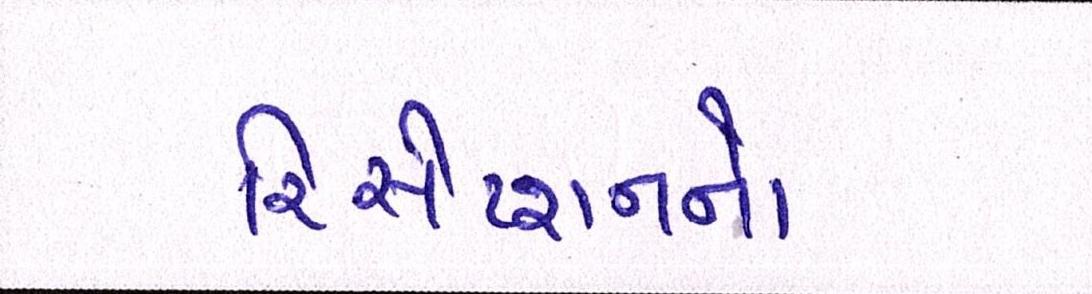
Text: રિસેપ્શનનો